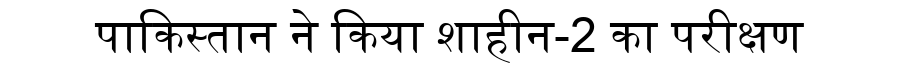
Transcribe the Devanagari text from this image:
पाकिस्तान ने किया शाहीन-2 का परीक्षण